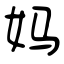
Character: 妈